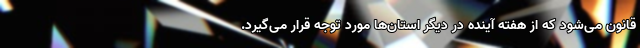
قانون می‌شود که از هفته آینده در دیگر استان‌ها مورد توجه قرار می‌گیرد.